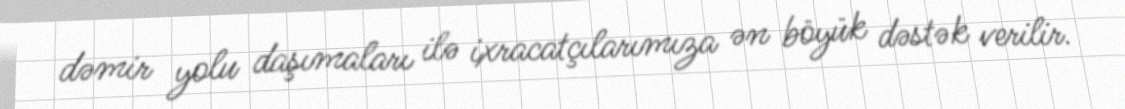
dəmir yolu daşımaları ilə ixracatçılarımıza ən böyük dəstək verilir.